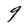
Character: 9